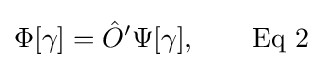
\Phi [\gamma ]={\hat {O}}'\Psi [\gamma ],\qquad {\text{Eq 2}}